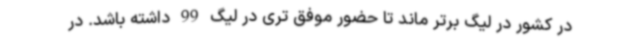
در کشور در لیگ برتر ماند تا حضور موفق تری در لیگ 99 داشته باشد. در